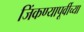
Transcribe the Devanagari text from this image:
जिंकण्यापूर्वीच्या